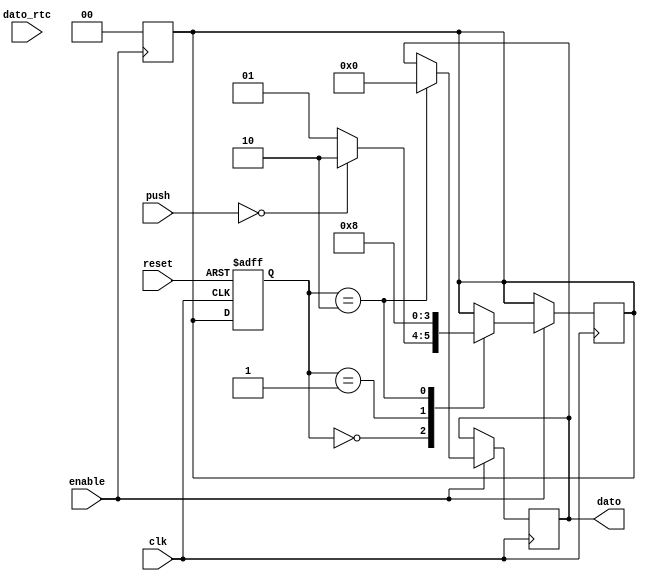
`timescale 1ns / 1ps
//////////////////////////////////////////////////////////////////////////////////
// Company: 
// Engineer: 
// 
// Design Name: 
// Module Name: Sumador_dato
// Project Name: 
// Target Devices: 
// Tool Versions: 
// Description: 
// 
// Dependencies: 
// 
// Revision:
// Revision 0.01 - File Created
// Additional Comments:
// 
//////////////////////////////////////////////////////////////////////////////////


module Sumador_dato(
    input wire [7:0] dato_rtc,
    output wire [7:0] dato,
    input wire [1:0] push,
    input wire clk,
    input wire enable,
    input wire reset
    );
    
reg [7:0] dato_reg=0, dato_temp=0;
reg [1:0] state, next;

assign dato=dato_reg;

always @(posedge enable)begin
    next=0;
    dato_temp=0;end

    
always @(posedge clk)
if(enable) begin
    case(state)
        2'b00:begin dato_temp=dato_rtc;
                if(push==2'b00)
                next=2'b10;
                else next=2'b01;end
        2'b01:begin if (push==2'b01)dato_temp=dato_temp-1;
               else if (push==2'b10) begin dato_temp=dato_temp+1;end
               next=2'b10;end 
        2'b10: begin
                next=2'b00;
                dato_reg=dato_temp;end
        endcase
end

always @(posedge clk or posedge reset)
    if(reset==1) state=0;
    else state=next;

endmodule